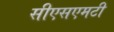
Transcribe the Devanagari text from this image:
सीएसएमटी